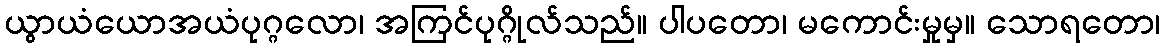
ယွာယံယောအယံပုဂ္ဂလော၊ အကြင်ပုဂ္ဂိုလ်သည်။ ပါပတော၊ မကောင်းမှုမှ။ သောရတော၊